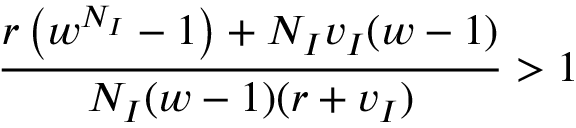
\frac { r \left( w ^ { N _ { I } } - 1 \right) + N _ { I } v _ { I } ( w - 1 ) } { N _ { I } ( w - 1 ) ( r + v _ { I } ) } > 1